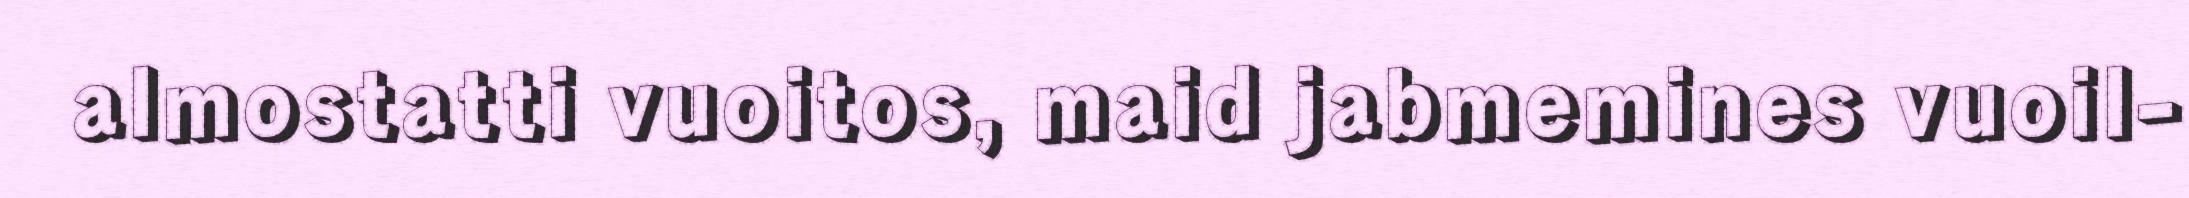
almostatti vuoitos, maid jabmemines vuoil-